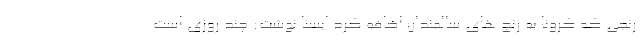
رنجی که کرونا به رنج های سالمندان اضافه کرد ایسنا نوشت: چند روزی است